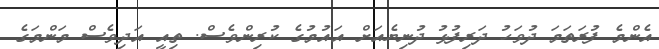
އެންމެ ފުރަތަމަ ދުވަހު ދަރިފުޅު ދުނިޔެއަށް އައުމުގެ ކުރިންވެސް. ތިއީ އަދިވެސް މަންމަގެ